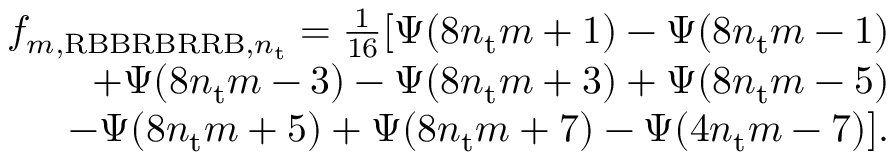
\begin{array} { r } { f _ { m , \mathrm { R B B R B R R B } , n _ { \mathrm { t } } } = \frac { 1 } { 1 6 } [ \Psi ( 8 n _ { \mathrm { t } } m + 1 ) - \Psi ( 8 n _ { \mathrm { t } } m - 1 ) } \\ { \quad \quad + \Psi ( 8 n _ { \mathrm { t } } m - 3 ) - \Psi ( 8 n _ { \mathrm { t } } m + 3 ) + \Psi ( 8 n _ { \mathrm { t } } m - 5 ) } \\ { \quad \quad - \Psi ( 8 n _ { \mathrm { t } } m + 5 ) + \Psi ( 8 n _ { \mathrm { t } } m + 7 ) - \Psi ( 4 n _ { \mathrm { t } } m - 7 ) ] . } \end{array}